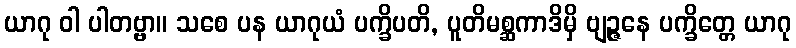
ယာဂု ဝါ ပါတဗ္ဗာ။ သစေ ပန ယာဂုယံ ပက္ခိပတိ, ပူတိမစ္ဆကာဒိမှိ ဗျဉ္ဇနေ ပက္ခိတ္တေ ယာဂု